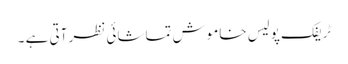
ٹریفک پولیس خاموش تماشائی نظر آتی ہے ۔